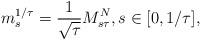
LaTeX: \begin{align*}m^{1/\tau}_s=\frac{1}{\sqrt{\tau}}M_{s\tau}^N, s\in [0,1/\tau],\end{align*}